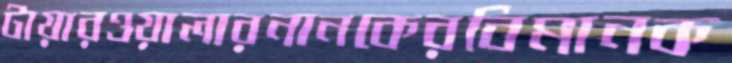
টায়ারওয়ালারনানকেরবিমানক